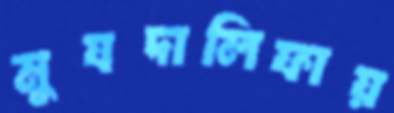
মুযদালিফায়